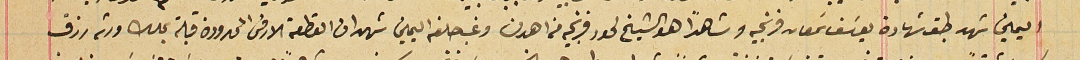
اليمين شهد طبق شهادة يوسَف سَمعان فرنجيه وشاهدًا هو الشيخ لحود فرنجيه من اهدن وغب حلفه اليمين شهد ان القطعة الارض المحدودة قبلة بملك ورثة رزق